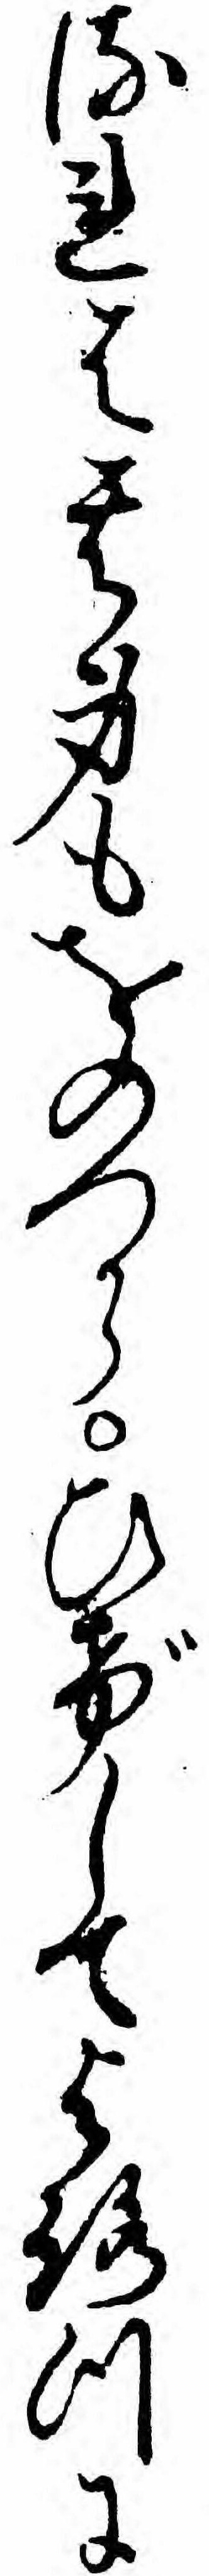
るれは其身もをのつからひげしてよろつに